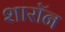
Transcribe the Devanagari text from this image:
शारॉन